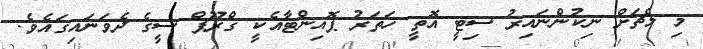
މި މެޗަށް ނިކުންނައިރު ސިޓީ އޮތީ ހަތަރު ޕޮއިންޓާއެކީ ގްރޫޕް ސީގެ ދެވަނައިގައެވެ.